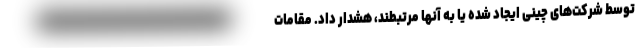
توسط شرکت‌های چینی ایجاد شده یا به آنها مرتبطند، هشدار داد. مقامات